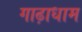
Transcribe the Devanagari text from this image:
गाढ़ाधाम